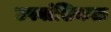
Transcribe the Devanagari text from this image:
उपवांशिकता